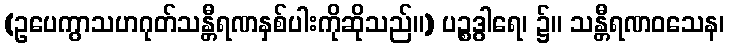
(ဥပေကွာသဟဂုတ်သန္တီရဏနှစ်ပါးကိုဆိုသည်။) ပဉ္စဒွါရေ၊ ၌။ သန္တီရဏဝသေန၊